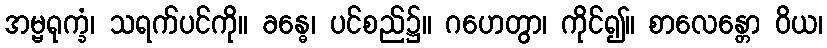
အမ္ဗရုက္ခံ၊ သရက်ပင်ကို။ ခန္ဓေ၊ ပင်စည်၌။ ဂဟေတွာ၊ ကိုင်၍။ စာလေန္တော ဝိယ၊